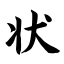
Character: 状